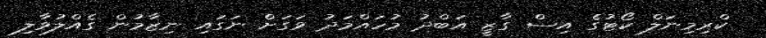
ކްރިމިނަލް ކޯޓުގެ އިސް ގާޒީ އަބްދު މުހައްމަދު ވަގަށް ނަގައި ނިޒާމުން ގެއްލުވާލި